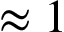
\approx 1